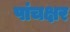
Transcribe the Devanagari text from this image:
पांचक्षर